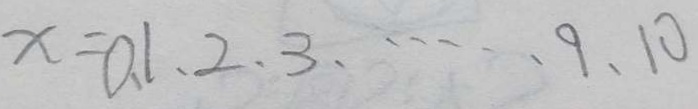
x = 0 、 1 、 2 、 3 、 \cdots 9 、 1 0